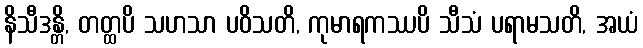
နိသီဒန္တိ, တတ္ထပိ သဟသာ ပဝိသတိ, ကုမာရကဿပိ သီသံ ပရာမသတိ, အယံ